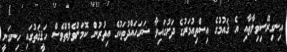
އިނގިރޭސިވިލާތާއި އެ ޤައުމުގެ އިސްތިއުމަރުގެ ދަށުގައިވާ ސަރަހައްދުތަކުގެ އިތުރުން ކޮމަންވެލްތްވެސް ހަޤީޤަތުގައި ހިނގަނީ